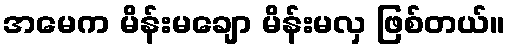
အမေက မိန်းမချော မိန်းမလှ ဖြစ်တယ်။